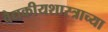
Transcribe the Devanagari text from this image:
वैद्यकीयशास्त्राच्या